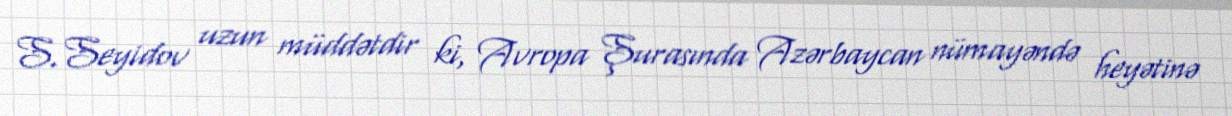
S.Seyidov uzun müddətdir ki, Avropa Şurasında Azərbaycan nümayəndə heyətinə